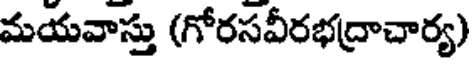
మయవాస్తు (గోరసవీరభద్రాచార్య)